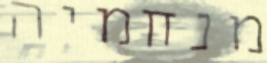
מנחמיה